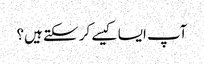
آپ ایسا کیسے کر سکتے ہیں؟